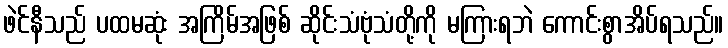
ဖဲင်နီသည် ပထမဆုံး အကြိမ်အဖြစ် ဆိုင်းသံဗုံသံတို့ကို မကြားရဘဲ ကောင်းစွာအိပ်ရသည်။